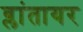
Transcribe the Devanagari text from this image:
ब्लांतायर